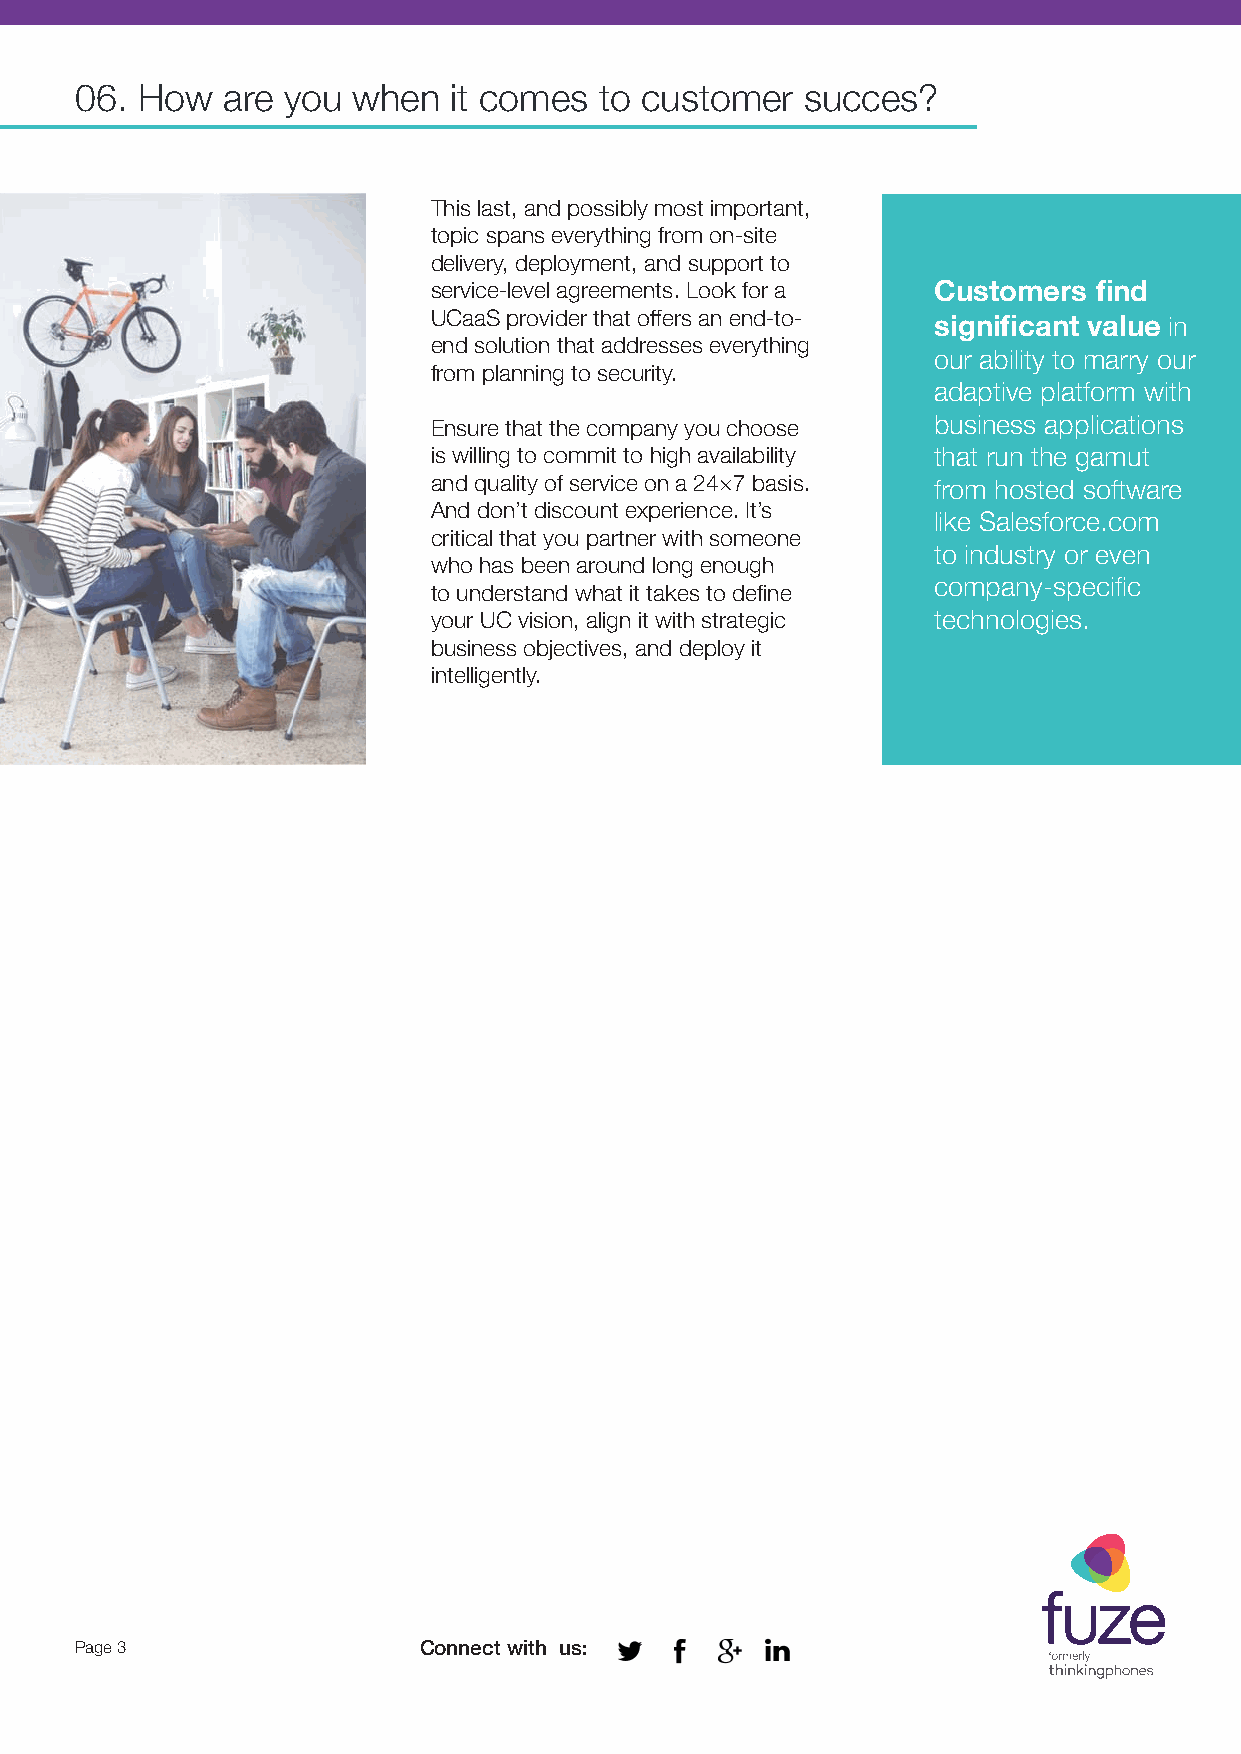
06. How   are you when   it comes  to customer  succes?
 This last, and possibly most important,
 topic spans everything from on-site
 delivery, deployment, and support to
 service-level agreements. Look for a Customers fi nd
 UCaaS provider that off ers an end-to- signifi cant value in
 end solution that addresses everything
 our ability to marry our
 from planning to security.
 adaptive platform with
 Ensure that the company you choose business applications
 is willing to commit to high availability that run the gamut
 and quality of service on a 24×7 basis. from hosted software
 And don’t discount experience. It’s
 like Salesforce.com
 critical that you partner with someone
 to industry or even
 who has been around long enough
 company-specifi c
 to understand what it takes to defi ne
 your UC vision, align it with strategic technologies.
 business objectives, and deploy it
 intelligently.
 Page 3                 Connect with us: